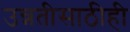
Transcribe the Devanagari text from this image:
उन्नतीसाठीही